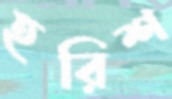
হরিশ